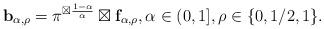
LaTeX: \begin{align*}\mathbf{b}_{\alpha,\rho}=\pi^{\boxtimes \frac{1-\alpha}{\alpha}}\boxtimes \mathbf{f}_{\alpha,\rho}, \alpha\in(0,1], \rho\in\{0,1/2,1\}. \end{align*}